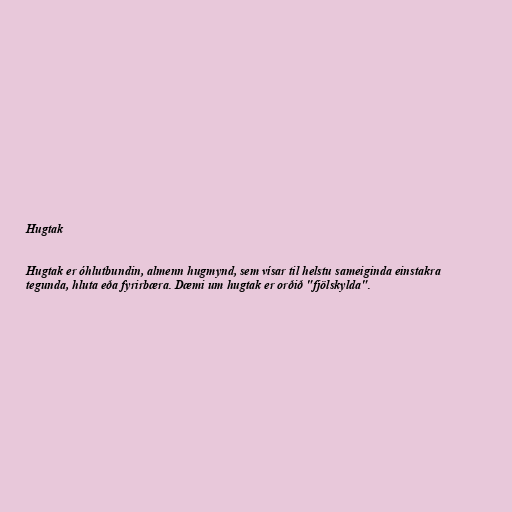
Hugtak

Hugtak er óhlutbundin, almenn hugmynd, sem vísar til helstu sameiginda einstakra
tegunda, hluta eða fyrirbæra. Dæmi um hugtak er orðið "fjölskylda".